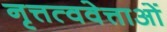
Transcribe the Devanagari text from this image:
नृत्तत्ववेत्ताओं